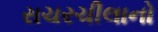
રાચરચીલાનો